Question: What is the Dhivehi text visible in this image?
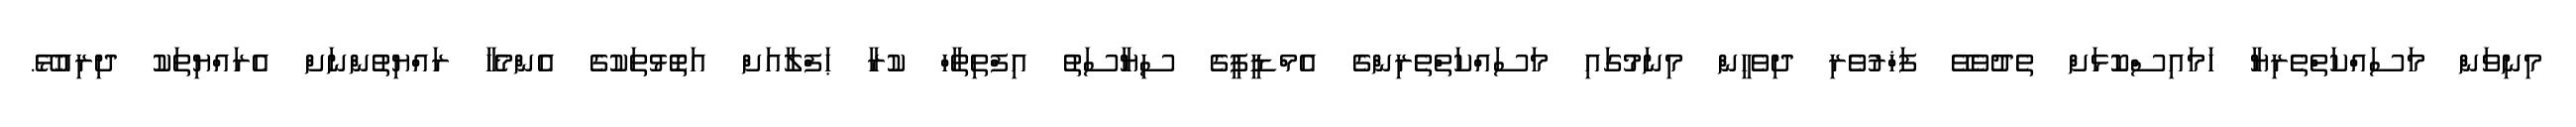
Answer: މިނިވަން މަސައްކަތްތެރިޔާ ހަމައިސްކޮޅަށް ތެދުވެވޭ ފަޚްރުވެރި ދިވެހީން މިނަމުގައި މަސައްކަތްތެރިންގެ އެމްޑީޕީގެ ސިޔާސަތު އިފްތިތާހް ކުރާ ޙަފްލާއަށް އަތޮޅުތަކުގެ އެންމެހާ ރައްޔިތުންނަށް އެރައްޔިތަކު ދިރިއުޅޭ.